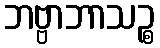
ဘဗ္ဗာဘာသဉ္စ